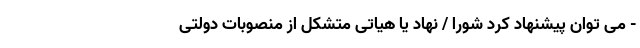
- می توان پیشنهاد کرد شورا / نهاد یا هیاتی متشکل از منصوبات دولتی